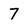
Character: 7